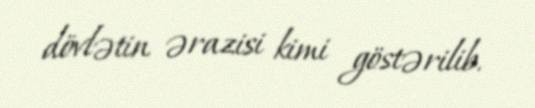
dövlətin ərazisi kimi göstərilib.